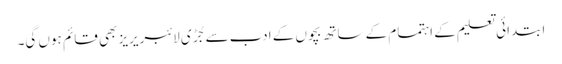
ابتدائی تعلیم کے اہتمام کے ساتھ بچوں کے ادب سے جُڑی لائبریریز بھی قائم ہوں گی۔